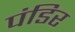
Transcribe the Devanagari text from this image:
पंडिर